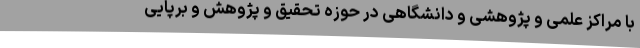
با مراکز علمی و پژوهشی و دانشگاهی در حوزه تحقیق و پژوهش و برپایی